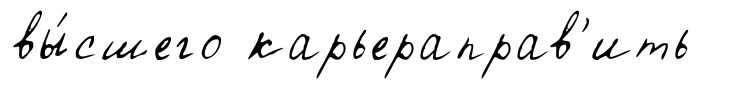
вы́сшего карьераправ'ить